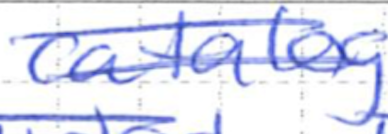
Text: catalog
Cross-out: double-line
Writing tool: ballpoint